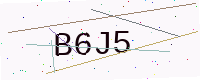
Text: B6J5